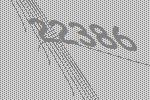
22386